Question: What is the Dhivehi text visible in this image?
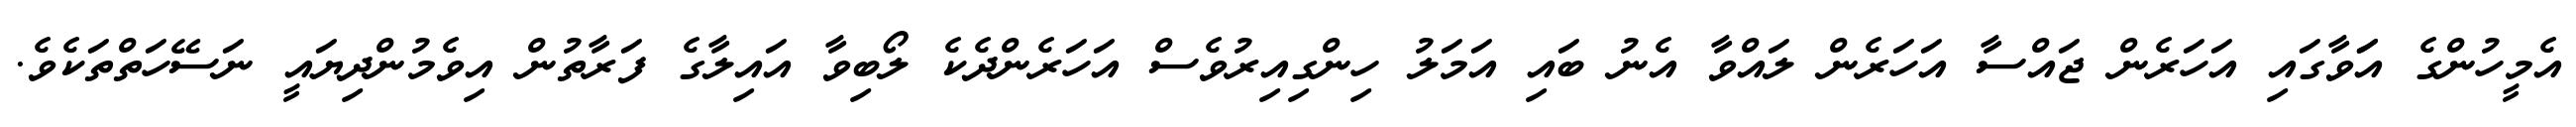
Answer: އެމީހުންގެ އަަވާގައި އަހަރެން ޖައްސާ އަހަރެން ލައްވާ އެނު ބައި އަމަލު ހިންގިއިރުވެސް އަހަރެންދެކެ ލޯބިވާ އައިލާގެ ފަރާތުން އިވެމުންދިޔައީ ނަސޭހަތްތަކެވެ.